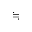
\fallingdotseq